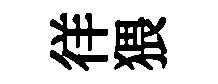
徉猥